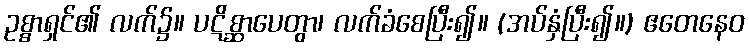
ဥစ္စာရှင်၏ လက်၌။ ပဋိစ္ဆာပေတွာ၊ လက်ခံစေပြီး၍။ (အပ်နှံပြီး၍။) ဧတေနေဝ